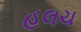
હલચ